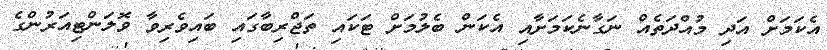
އެކަމަށް އަދި މުއްދަތެއް ނަގާނެކަމަށާއި އެކަން ބެލުމަށް ޓަކައި ތަޖްރިބާގައި ބައިވެރިވާ ވޮލަންޓިއަރުންގެ